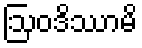
ဩဝဒိဿာမိ